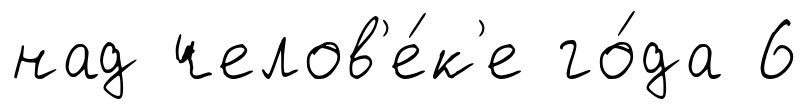
над челов'е́к'е го́да 6